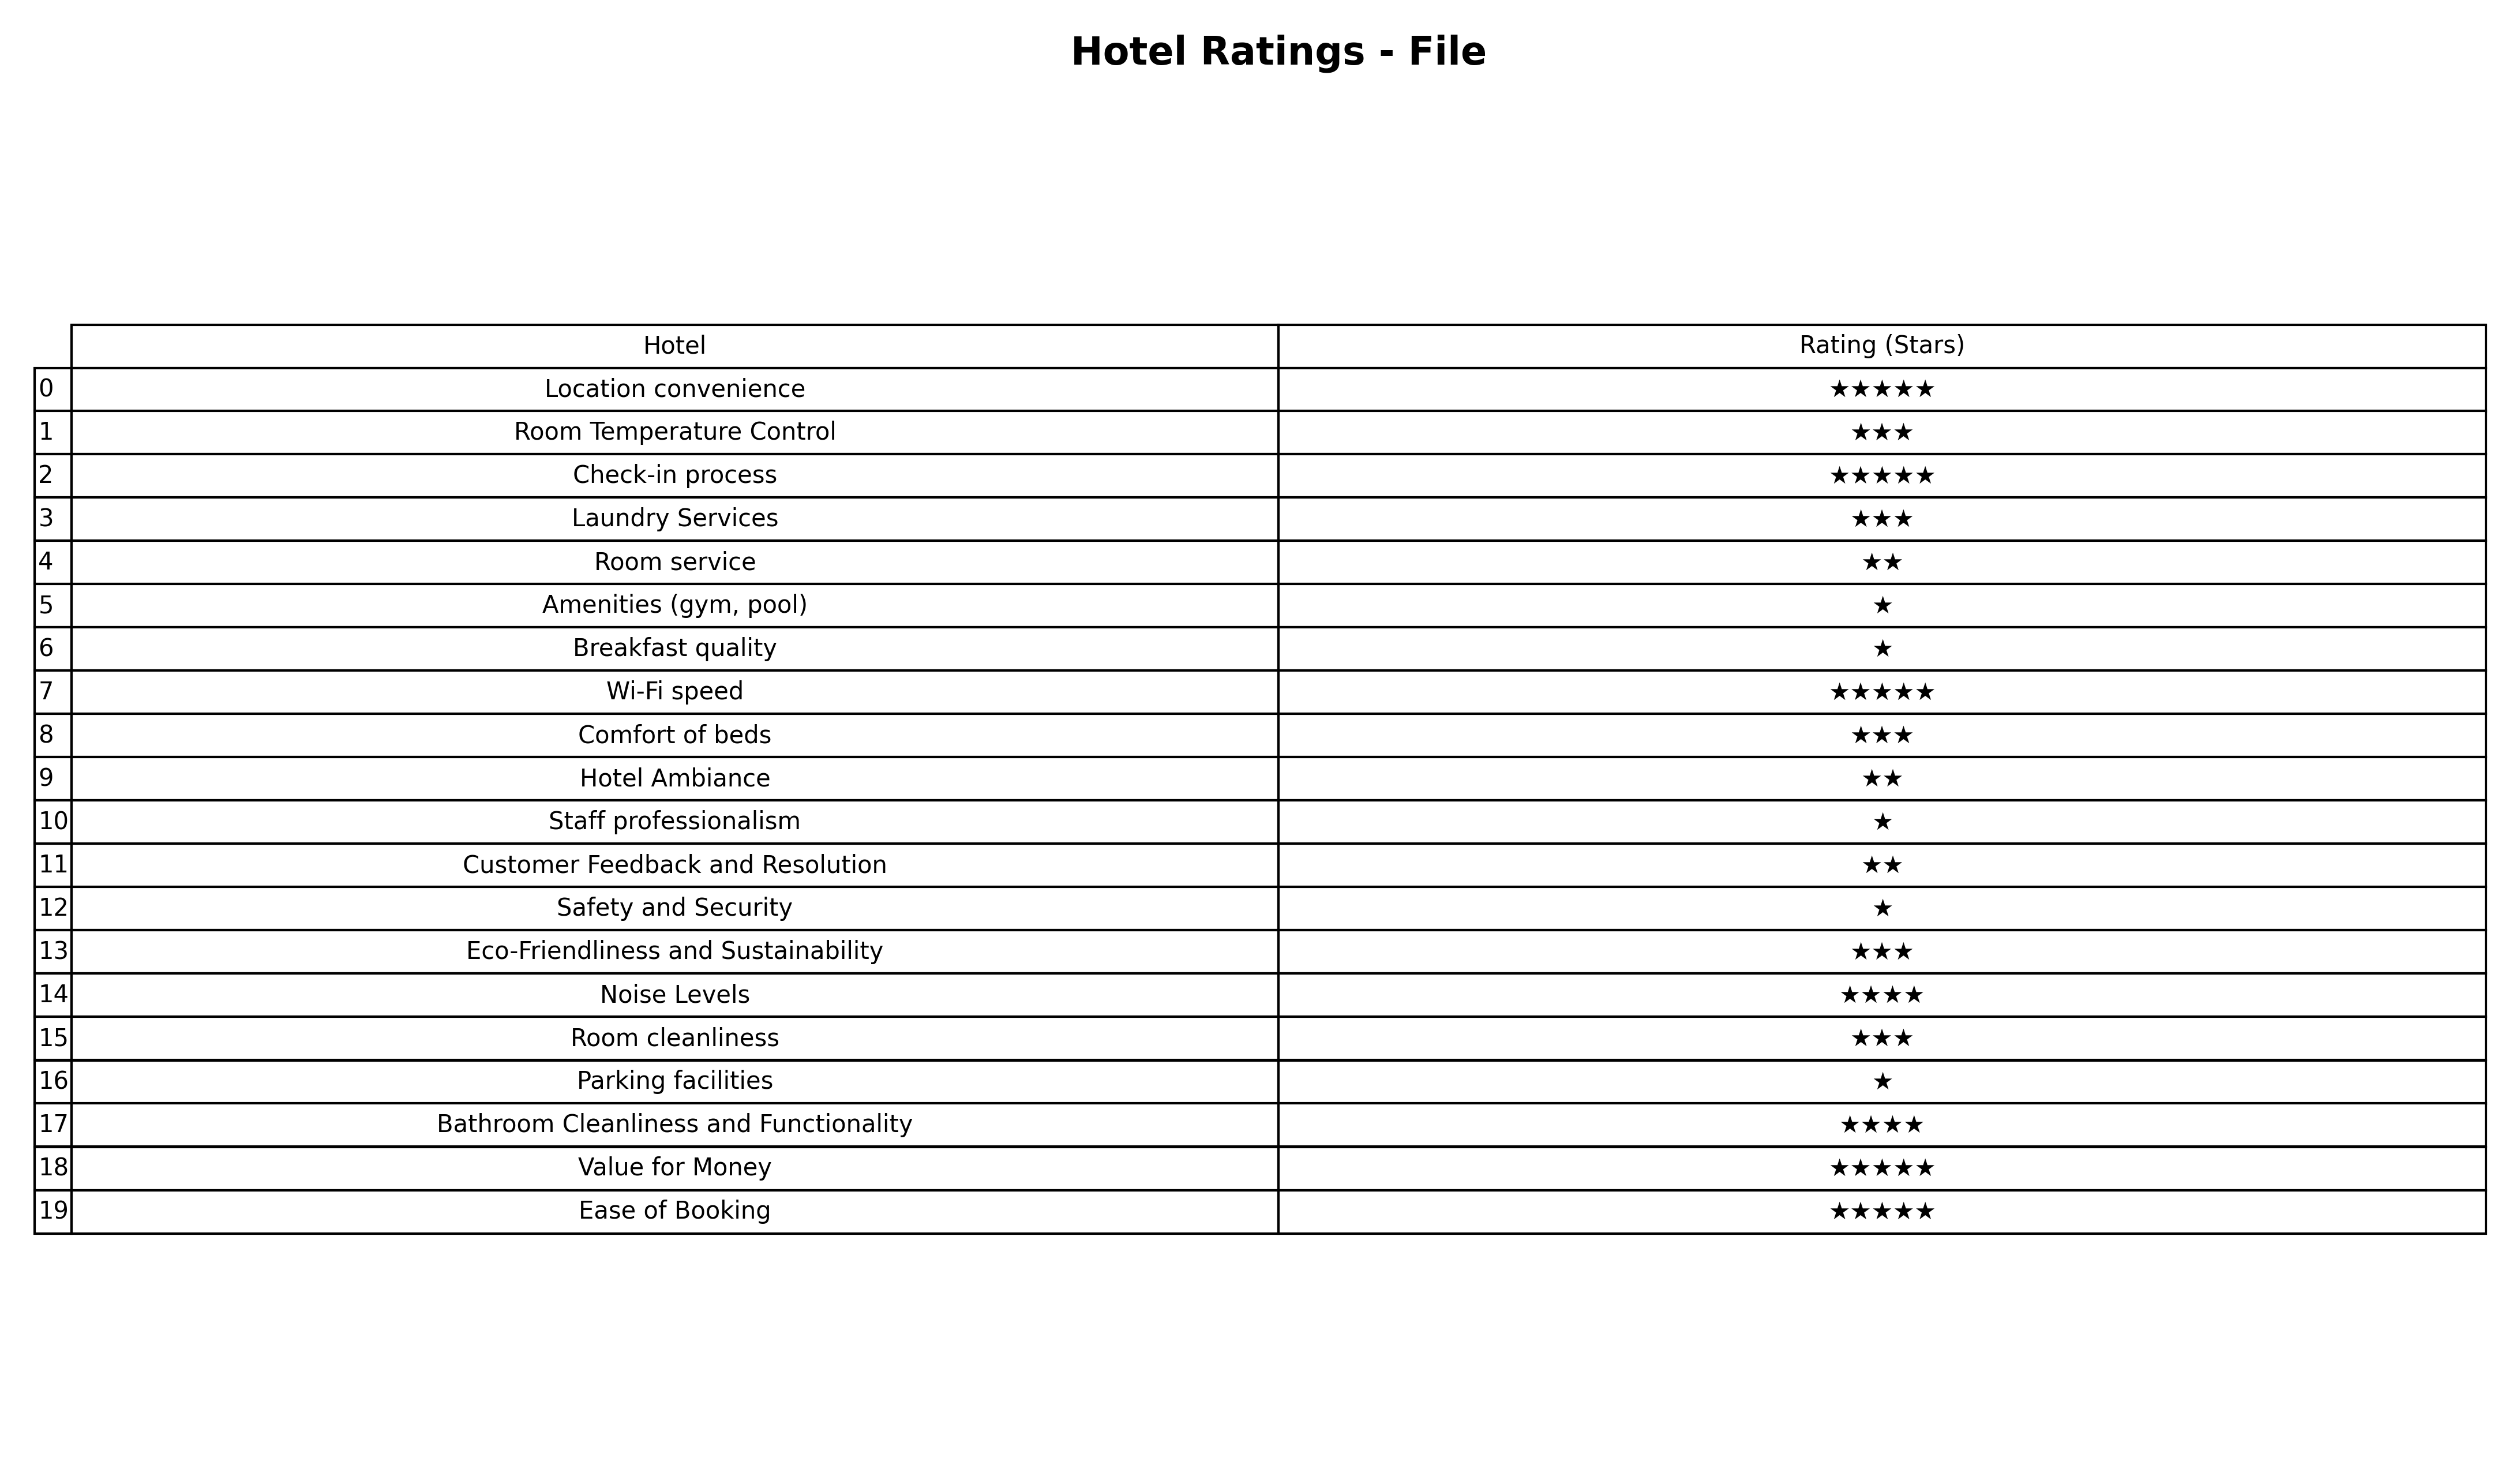
question: What is the rating of Breakfast quality?
answer: ★